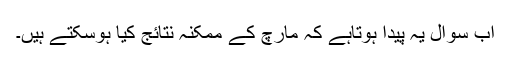
اب سوال یہ پیدا ہوتاہے کہ مارچ کے ممکنہ نتائج کیا ہوسکتے ہیں۔